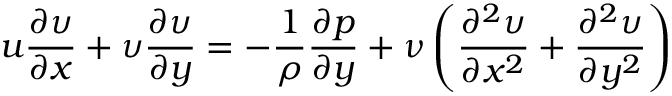
u { \frac { \partial \upsilon } { \partial x } } + \upsilon { \frac { \partial \upsilon } { \partial y } } = - { \frac { 1 } { \rho } } { \frac { \partial p } { \partial y } } + { \nu } \left( { \frac { \partial ^ { 2 } \upsilon } { \partial x ^ { 2 } } } + { \frac { \partial ^ { 2 } \upsilon } { \partial y ^ { 2 } } } \right)